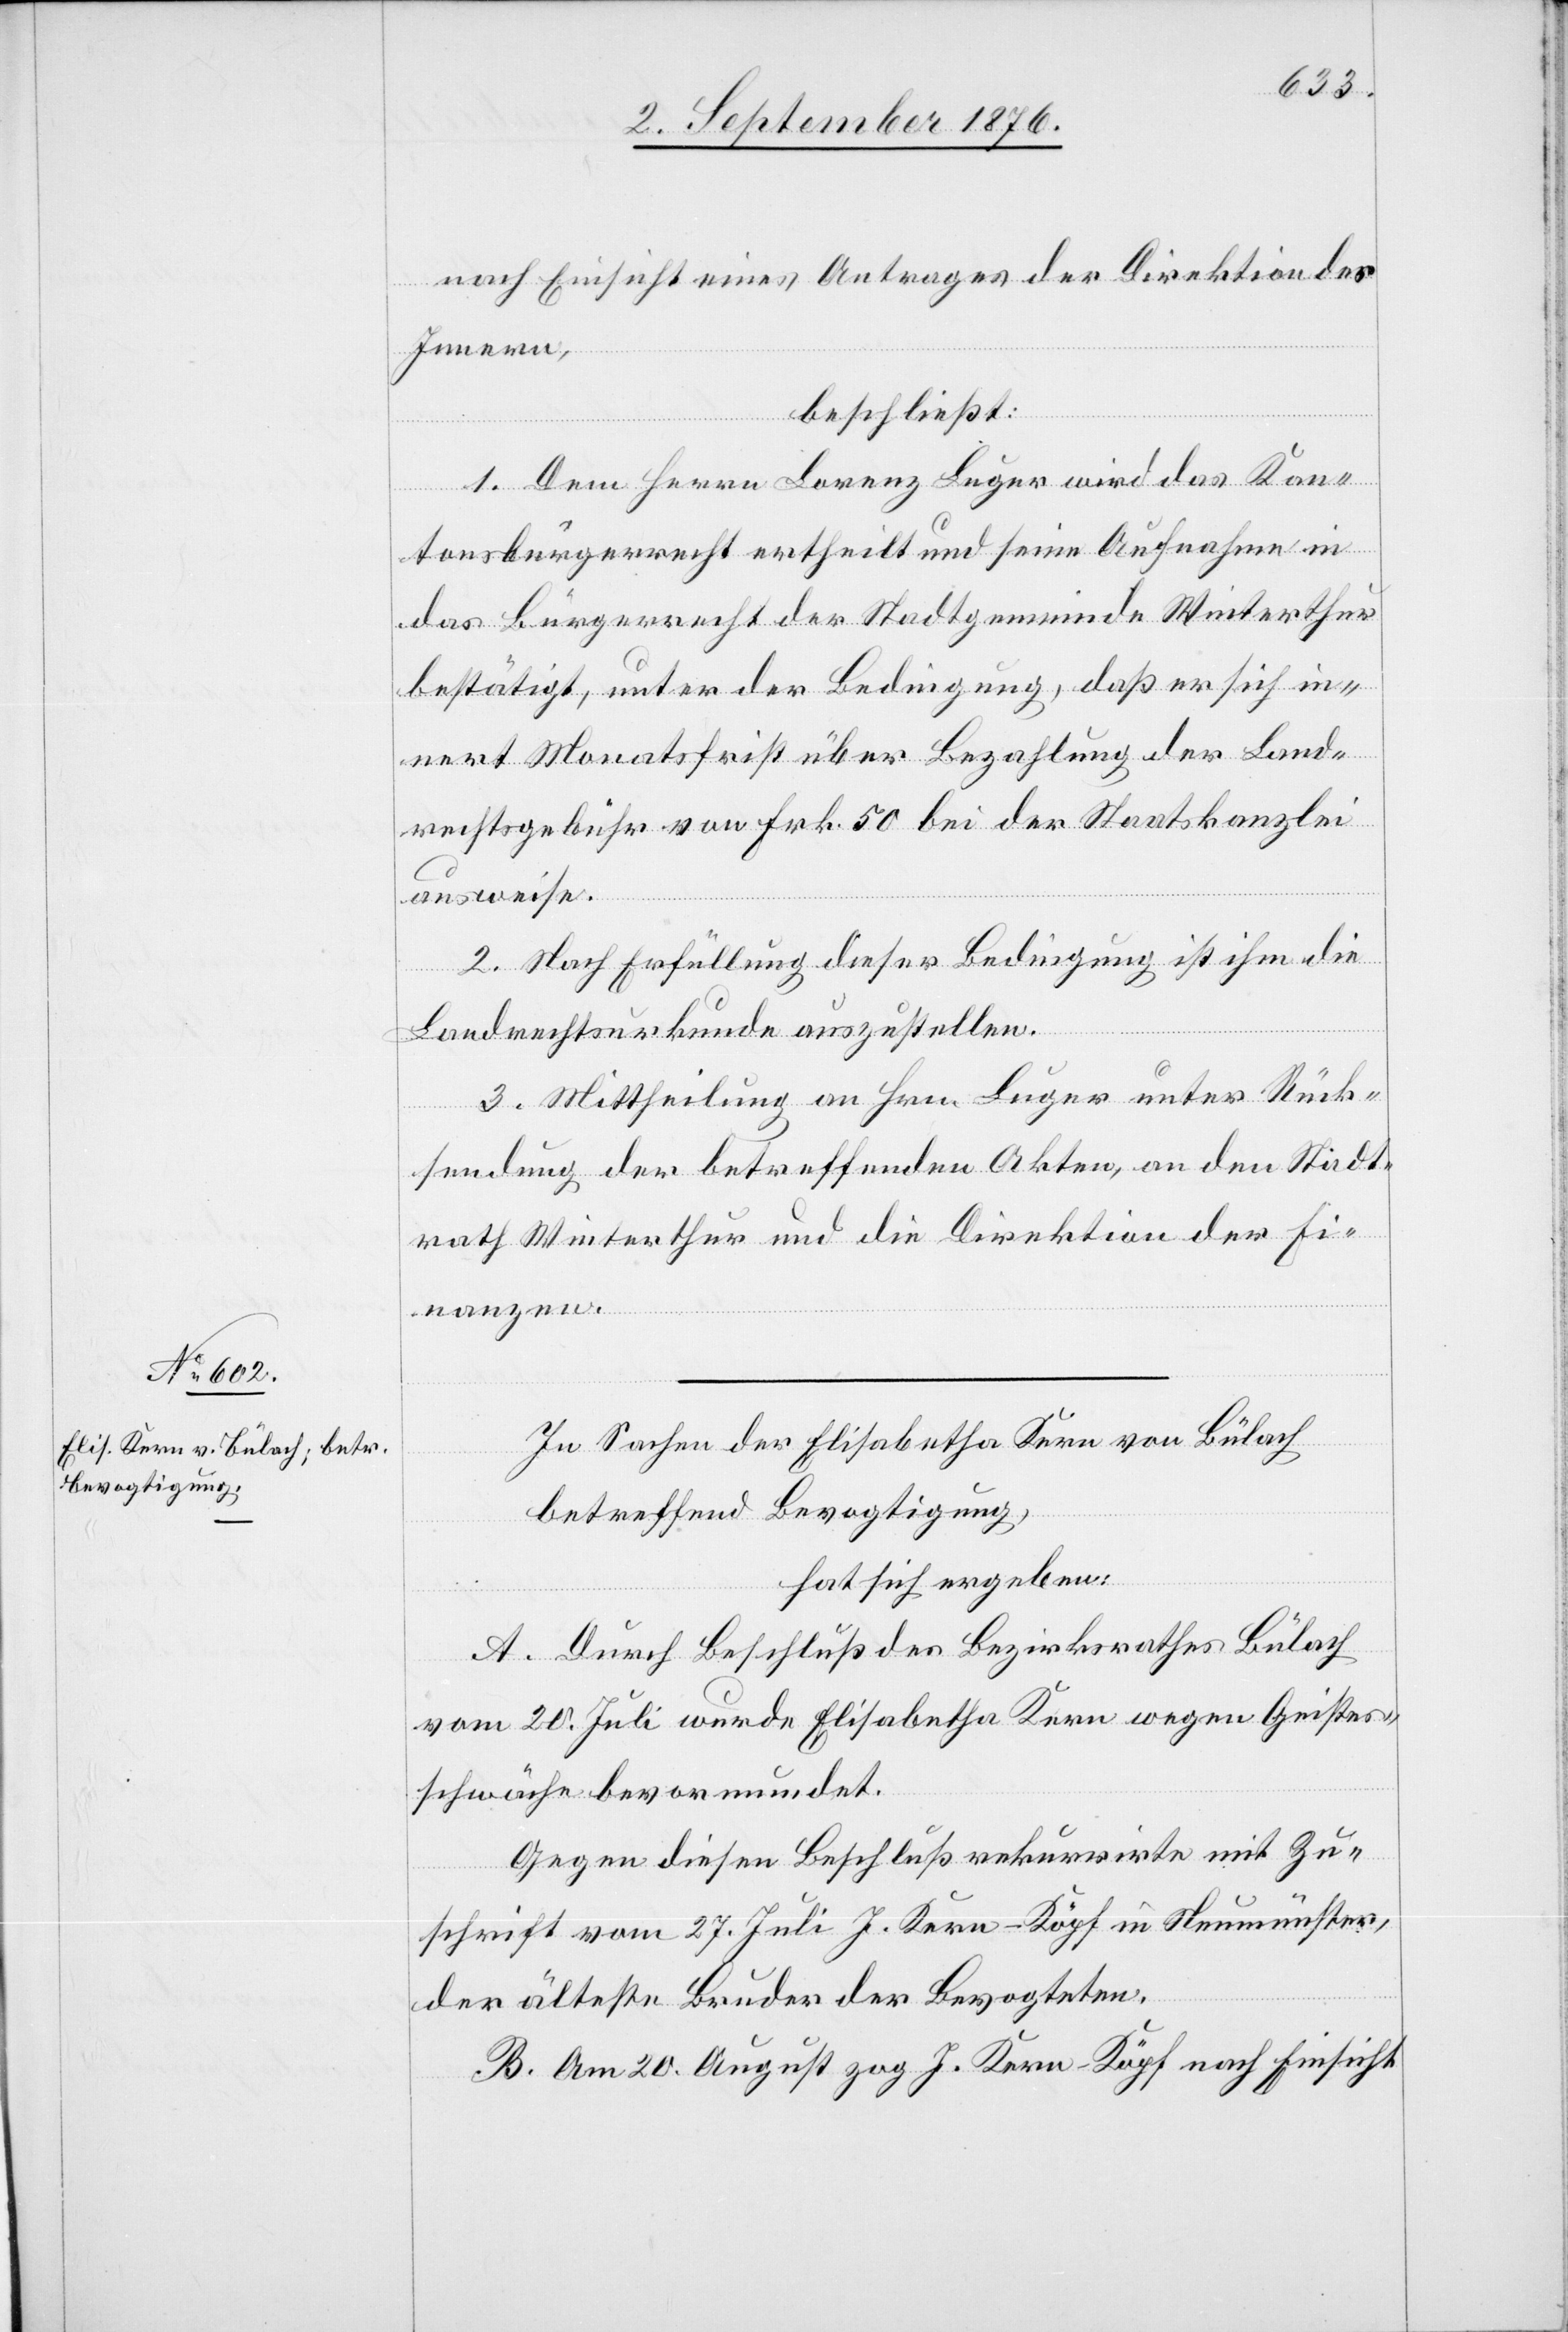
in

nach Einsicht eines Antrages der Direktion des
Innern,
beschließt:
seine
1. Dem Herrn Lorenz Luger wird das Kant¬
das Bürgerecht der Stadtgemeinde Winterthur
bestätigt, unter der Bedingung, daß er sich in¬
nert Monatsfrist über Bezahlung der Land¬
rechtsgebühr von Frk. 50 bei der Staatskanzlei
ausweise.
2. Nach Erfüllung dieser Bedingung ist ihm die
Landrechtsurkunde auszustellen.
3. Mittheilung an Hrn. Luger unter Rück¬
sendung der betreffenden Akten, an den Stadt¬
rath Winterthur und die Direktion der Fi¬
nanzen.
In Sachen der Elisabetha Kern von Bülach
betreffend Bevogtigung,
hat sich ergeben:
A. Durch Beschluß des Bezirksrathes Bülach
vom 20. Juli wurde Elisabetha Kern wegen Geistes¬
schwäche bevormundet.
Gegen diesen Beschluß rekurrirte mit Zu¬
schrift vom 27. Juli J. Kern-Köpf in Neumünster,
der älteste Bruder der Bevogteten.
B. Am 20. August zog J. Kern-Köpf nach Einsicht